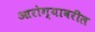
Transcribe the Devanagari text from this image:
आरोग्यावरील